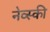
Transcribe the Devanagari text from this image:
नेव्स्की